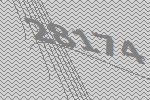
28174